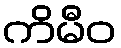
ကိမီဝ